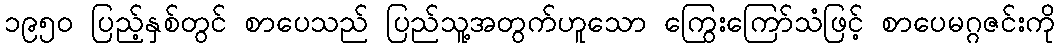
၁၉၅၀ ပြည့်နှစ်တွင် စာပေသည် ပြည်သူ့အတွက်ဟူသော ကြွေးကြော်သံဖြင့် စာပေမဂ္ဂဇင်းကို